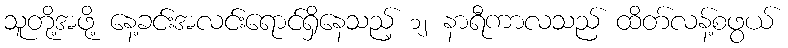
သူတို့အဖို့ နေ့ခင်းအလင်းရောင်ရှိနေသည့် ၁၂ နာရီကာလသည် ထိတ်လန့်စဖွယ်